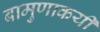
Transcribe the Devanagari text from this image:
बामुणाकयी